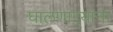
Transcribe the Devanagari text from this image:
घालणाऱ्यांना